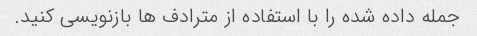
جمله داده شده را با استفاده از مترادف ها بازنویسی کنید.